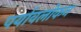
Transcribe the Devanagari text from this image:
पर्यावलोकन